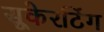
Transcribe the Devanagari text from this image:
सूकेरटिंग